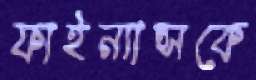
ফাইন্যান্সকে